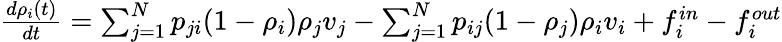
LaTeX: \begin{array}{r}{\frac{d\rho_{i}(t)}{dt}=\sum_{j=1}^{N}p_{ji}(1-\rho_{i})\rho_{j}v_{j}-\sum_{j=1}^{N}p_{ij}(1-\rho_{j})\rho_{i}v_{i}+f_{i}^{in}-f_{i}^{out}}\end{array}